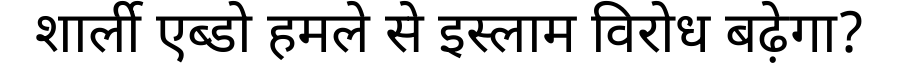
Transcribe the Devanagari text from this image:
शार्ली एब्डो हमले से इस्लाम विरोध बढ़ेगा?